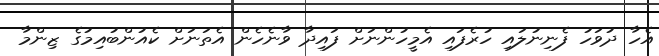
އެހާ ދުވަހު ފެނިނުލައި ހުރެފައި އެމީހުންނަށް ފައިދާ ވާނެހެން އެތަނަށް ކެއުންބުއިމުގެ ޒިންމާ